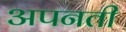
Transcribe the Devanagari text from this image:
अपनती